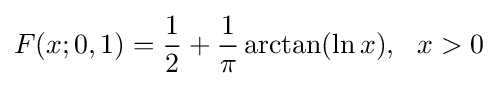
F(x;0,1)={\frac {1}{2}}+{\frac {1}{\pi }}\arctan(\ln x),\ \ x>0